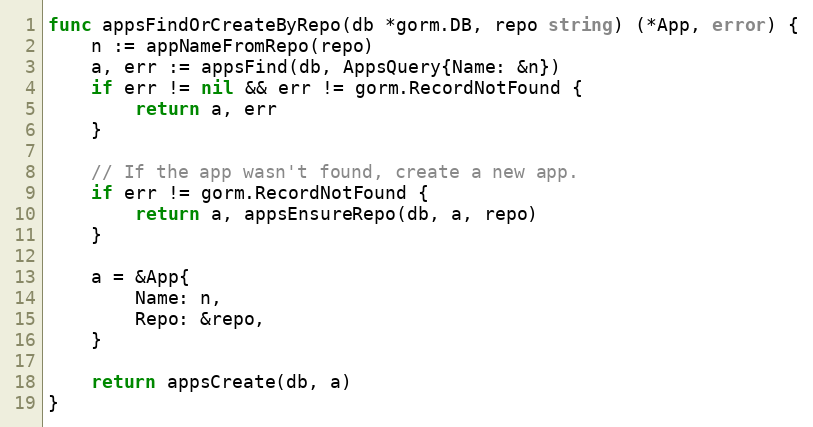
Language: Go
func appsFindOrCreateByRepo(db *gorm.DB, repo string) (*App, error) {
	n := appNameFromRepo(repo)
	a, err := appsFind(db, AppsQuery{Name: &n})
	if err != nil && err != gorm.RecordNotFound {
		return a, err
	}

	// If the app wasn't found, create a new app.
	if err != gorm.RecordNotFound {
		return a, appsEnsureRepo(db, a, repo)
	}

	a = &App{
		Name: n,
		Repo: &repo,
	}

	return appsCreate(db, a)
}